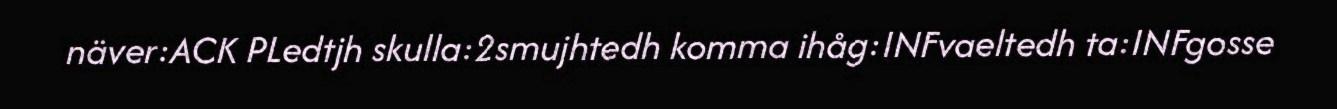
näver:ACK PLedtjh skulla:2smujhtedh komma ihåg:INFvaeltedh ta:INFgosse